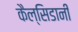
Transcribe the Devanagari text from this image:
कैल्सिडानी